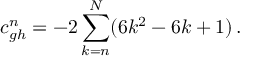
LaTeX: c _ { g h } ^ { n } = - 2 \sum _ { k = n } ^ { N } ( 6 k ^ { 2 } - 6 k + 1 ) \, .